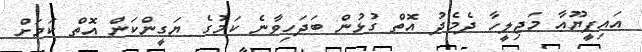
އައިޕީޔޫއާ މަޖިލީހާ ދެމެދު އޮތް ގުޅުން ބަދަހިވާނެ ކަމުގެ ޔަގީންކަން އޮތް ކަމަށް